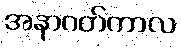
အနာဂတ်ကာလ